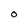
Character: O